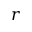
r